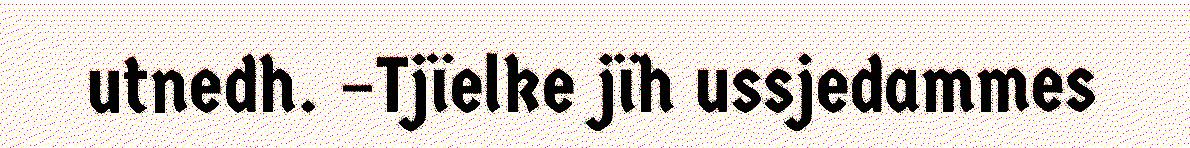
utnedh. –Tjïelke jïh ussjedammes